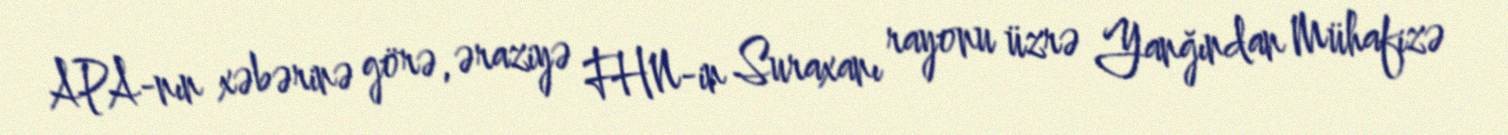
APA-nın xəbərinə görə, əraziyə FHN-in Suraxanı rayonu üzrə Yanğından Mühafizə